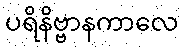
ပရိနိဗ္ဗာနကာလေ